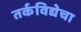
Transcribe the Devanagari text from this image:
तर्कविद्येचा